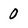
Character: O